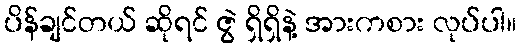
ပိန်ချင်တယ် ဆိုရင် ဇွဲ ရှိရှိနဲ့ အားကစား လုပ်ပါ။